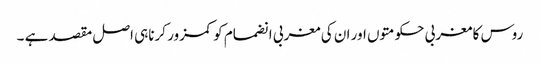
روس کا مغربی حکومتوں اور ان کی مغربی انضمام کو کمزور کرناہی اصل مقصد ہے ۔